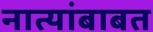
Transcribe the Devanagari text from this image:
नात्यांबाबत